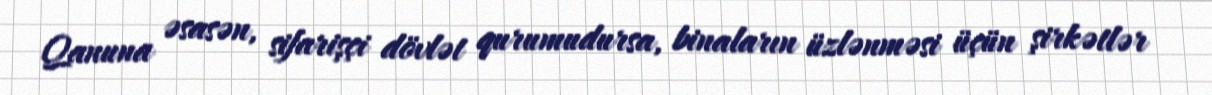
Qanuna əsasən, sifarişçi dövlət qurumudursa, binaların üzlənməsi üçün şirkətlər